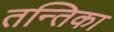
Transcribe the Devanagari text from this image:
तन्तिका